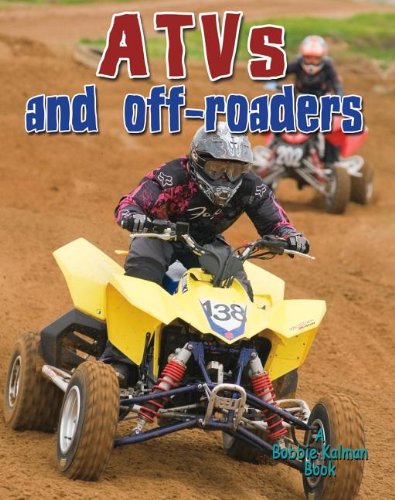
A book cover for Atvs and Off-Roaders (Vehicles on the Move); Lynn Peppas; Children's Books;